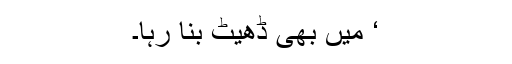
‘ میں بھی ڈھیٹ بنا رہا۔